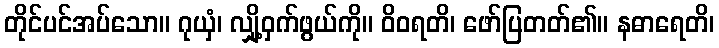
တိုင်ပင်အပ်သော။ ဂုယှံ၊ လျှို့ဝှက်ဖွယ်ကို။ ဝိဝရတိ၊ ဖော်ပြတတ်၏။ နဓာရေတိ၊